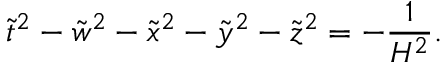
\tilde { t } ^ { 2 } - \tilde { w } ^ { 2 } - \tilde { x } ^ { 2 } - \tilde { y } ^ { 2 } - \tilde { z } ^ { 2 } = - \frac { 1 } { H ^ { 2 } } .